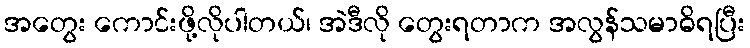
အတွေး ကောင်းဖို့လိုပါတယ်၊ အဲဒီလို တွေးရတာက အလွန်သမာဓိရပြီး